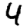
Digit: 4